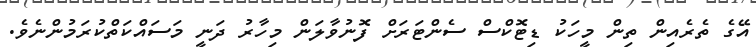
އޭގެ ތެރެއިން ތިން މީހަކު ޑިޓޮކްސް ސެންޓަރަށް ފޮނުވާލަން މިހާރު ދަނީ މަސައްކަތްކުރަމުންނެވެ.